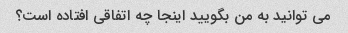
می توانید به من بگویید اینجا چه اتفاقی افتاده است؟